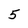
Character: 5